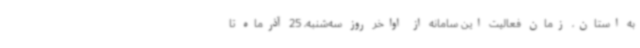
به استان، زمان فعالیت این سامانه از اواخر روز سه‌شنبه، 25 آذرماه تا